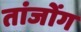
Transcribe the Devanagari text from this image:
तांजोंग